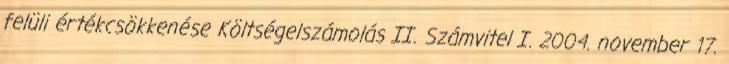
felüli értékcsökkenése Költségelszámolás II. Számvitel I. 2004. november 17.